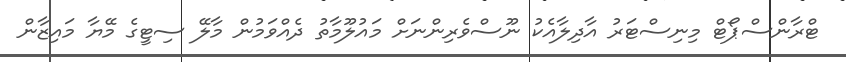
ޓްރާންސްޕޯޓް މިނިސްޓަރު އާދިލާއެކު ނޫސްވެރިންނަށް މައުލޫމާތު ދެއްވަމުން މާލޭ ސިޓީގެ މޭޔާ މައިޒާން